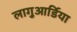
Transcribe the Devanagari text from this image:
लागुआर्डिया